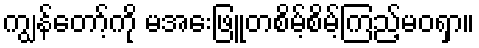
ကျွန်တော့်ကို မအေးဖြူတစိမ့်စိမ့်ကြည့်မဝရှာ။